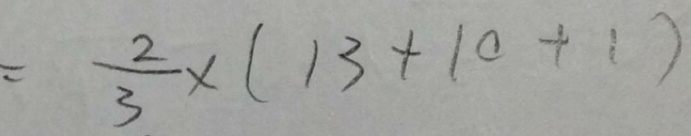
= \frac { 2 } { 3 } \times ( 1 3 + 1 0 + 1 )